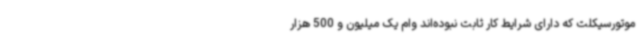
موتورسیکلت که دارای شرایط کار ثابت نبوده‌اند وام یک میلیون و 500 هزار